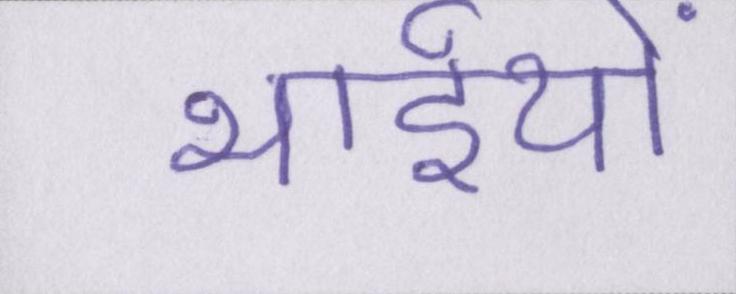
भाईयों